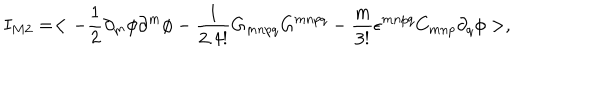
I _ { M 2 } = < - \frac { 1 } { 2 } \partial _ { m } \phi \partial ^ { m } \phi - \frac { 1 } { 2 . 4 ! } G _ { m n p q } G ^ { m n p q } - \frac { m } { 3 ! } \epsilon ^ { m n p q } C _ { m n p } \partial _ { q } \phi > ,